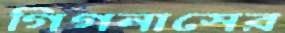
গিগনাসের